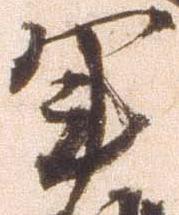
軍